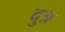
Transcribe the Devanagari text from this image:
दुत्र